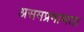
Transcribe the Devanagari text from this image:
असमप्रमाणता